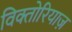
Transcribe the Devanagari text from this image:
विक्तोरियाज़